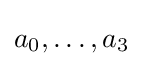
a_{0},\dots ,a_{3}